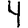
Digit: 4